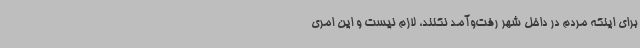
برای اینکه مردم در داخل شهر رفت‌وآمد نکنند، لازم نیست و این امری